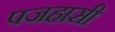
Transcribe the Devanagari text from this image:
पजहासी